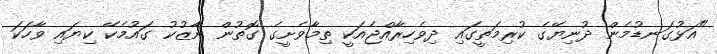
"އަޅުގަނޑުމެން ދުނިޔޭގެ ކުރިމަތީގައި ދިވެހިރާއްޖެއަކީ ތިމާވެށީގެ ގޮތުން ނާޒުކު ގައުމެކޭ ކިޔައި ވާހަކަ